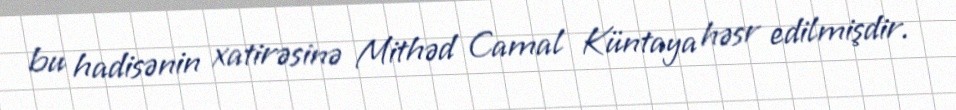
bu hadisənin xatirəsinə Mithəd Camal Küntaya həsr edilmişdir.